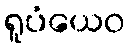
ရူပံယေဝ